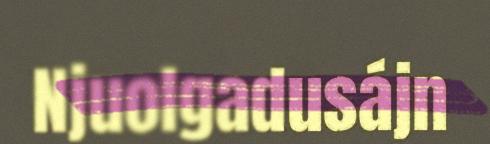
Njuolgadusájn